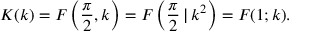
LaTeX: K ( k ) = F \left( { \frac { \pi } { 2 } } , k \right) = F \left( { \frac { \pi } { 2 } } \, | \, k ^ { 2 } \right) = F ( 1 ; k ) .